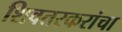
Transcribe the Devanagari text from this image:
शिवतरकरांचा